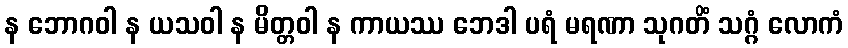
န ဘောဂဝါ န ယသဝါ န မိတ္တဝါ န ကာယဿ ဘေဒါ ပရံ မရဏာ သုဂတိံ သဂ္ဂံ လောကံ